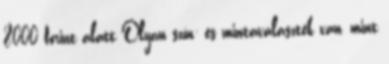
8000 forint alatt Olyan szín- és mintaválaszték van, mint